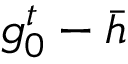
g _ { 0 } ^ { t } - \bar { h }